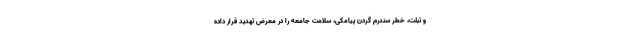
و تبلت، خطر سندرم گردن پیامکی، سلامت جامعه را در معرض تهدید قرار داده